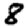
Digit: 8